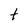
Character: t